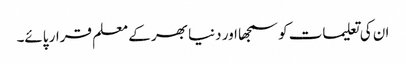
ان کی تعلیمات کو سمجھا اور دنیا بھر کے معلم قرار پائے۔